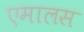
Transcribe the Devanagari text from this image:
एमालस